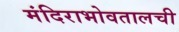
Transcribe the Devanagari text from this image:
मंदिराभोवतालची